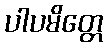
ပါပမိတ္တေ